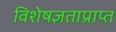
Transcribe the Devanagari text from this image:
विशेषज्ञताप्राप्त